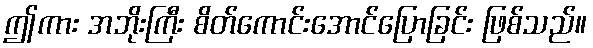
ဤကား အဘိုးကြီး စိတ်ကောင်းအောင်ပြောခြင်း ဖြစ်သည်။